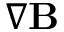
\nabla \mathbf { B }